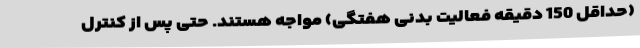
(حداقل 150 دقیقه فعالیت بدنی هفتگی) مواجه هستند. حتی پس از کنترل